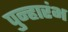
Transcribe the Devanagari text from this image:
पुन्हारंभ